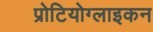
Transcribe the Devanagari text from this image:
प्रोटियोग्लाइकन